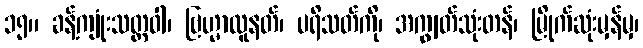
၁၅။ ခန့်ကျုံးသတ္တဝါ၊ ဗြဟ္မာလူနတ်၊ ပရိသတ်ကို၊ အကျွတ်သုံးတန်၊ မြိုက်ဆုံးမှန်မှ၊